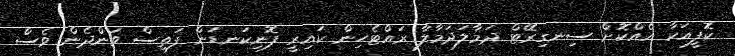
ކޮފީއަކާ އެއްކޮށް ސިނގިރޭޓް ދަމާލަދަމާލާ ރައްޓެހިން ކައިރީ ފޮނިކަނޑަން ފަތިސް ވަންދެން ވެސް